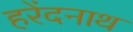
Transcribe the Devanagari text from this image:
हरेंदनाथ